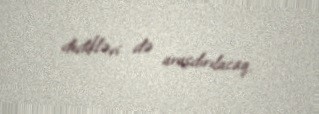
dedikləri də araşdırılacaq.